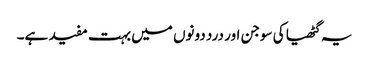
یہ گٹھیا کی سوجن اور درد دونوں میں بہت مفید ہے۔